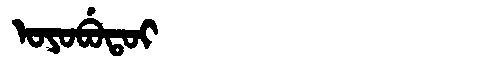
Manchu: ᠣᠶᠣᠪᡠᡨᠣᡳ
Romanization: OYOBUTOI